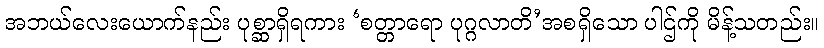
အဘယ်လေးယောက်နည်း ပုစ္ဆာရှိရကား ‘စတ္တာရော ပုဂ္ဂလာတိ’အစရှိသော ပါဌ်ကို မိန့်သတည်း။